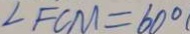
\angle F C M = 6 0 ^ { \circ }